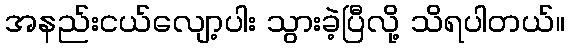
အနည်းငယ်လျော့ပါး သွားခဲ့ပြီလို့ သိရပါတယ်။